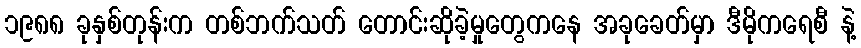
၁၉၈၈ ခုနှစ်တုန်းက တစ်ဘက်သတ် တောင်းဆိုခဲ့မှုတွေကနေ အခုခေတ်မှာ ဒီမိုကရေစီ နဲ့